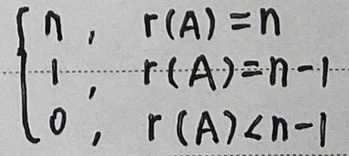
\begin{cases}
n, & r(A)=n \\
1, & r(A)=n - 1 \\
0, & r(A)<n - 1
\end{cases}